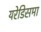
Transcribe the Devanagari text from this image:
यरेडिसमा